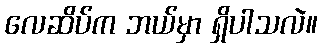
လေဆိပ်က ဘယ်မှာ ရှိပါသလဲ။